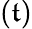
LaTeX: (\mathfrak{t})